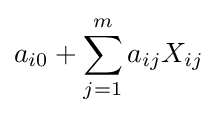
a_{i0}+\sum _{j=1}^{m}a_{ij}X_{ij}